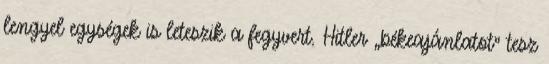
lengyel egységek is leteszik a fegyvert. Hitler „békeajánlatot” tesz